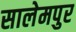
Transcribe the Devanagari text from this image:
सालेमपुर